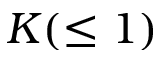
K ( \le 1 )